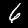
Digit: 6